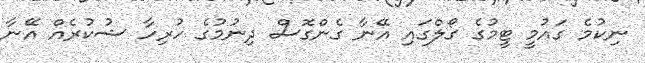
ނިކުމެ ގައުމީ ޓީމުގެ ގޯލްގައި އޭނާ ގެންގޮސް ދިނުމުގެ ހުރިހާ ޝުކުރެއް އޭނާ